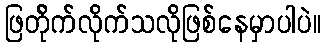
ဖြတ်ိုက်လိုက်သလိုဖြစ်နေမှာပါပဲ။